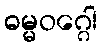
ဓမ္မဝဂ္ဂေါ